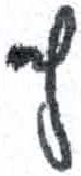
אות: ץ